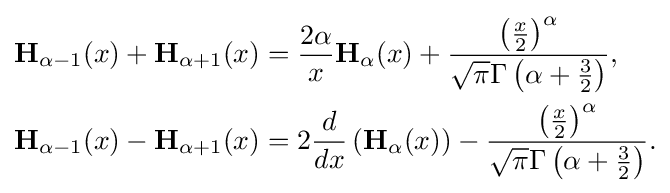
{\begin{aligned}\mathbf {H} _{\alpha -1}(x)+\mathbf {H} _{\alpha +1}(x)&={\frac {2\alpha }{x}}\mathbf {H} _{\alpha }(x)+{\frac {\left({\frac {x}{2}}\right)^{\alpha }}{{\sqrt {\pi }}\Gamma \left(\alpha +{\frac {3}{2}}\right)}},\\\mathbf {H} _{\alpha -1}(x)-\mathbf {H} _{\alpha +1}(x)&=2{\frac {d}{dx}}\left(\mathbf {H} _{\alpha }(x)\right)-{\frac {\left({\frac {x}{2}}\right)^{\alpha }}{{\sqrt {\pi }}\Gamma \left(\alpha +{\frac {3}{2}}\right)}}.\end{aligned}}